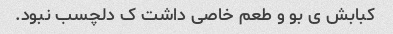
کبابش ی بو و طعم خاصی داشت ک دلچسب نبود.